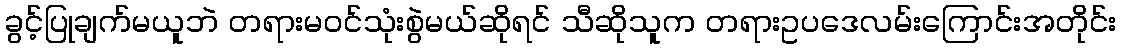
ခွင့်ပြုချက်မယူဘဲ တရားမဝင်သုံးစွဲမယ်ဆိုရင် သီဆိုသူက တရားဥပဒေလမ်းကြောင်းအတိုင်း